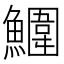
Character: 𩼀